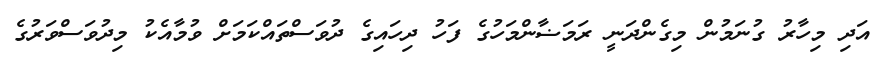
އަދި މިހާރު ގުނަމުން މިގެންދަނީ ރަމަޟާންމަހުގެ ފަހު ދިހައިގެ ދުވަސްތައްކަމަށް ވުމާއެކު މިދުވަސްވަރުގެ